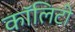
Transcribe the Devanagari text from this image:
कॉलिटी